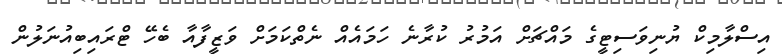
އިސްލާމިކް ޔުނިވަސިޓީގެ މައްޗަށް އަމުރު ކުރާނެ ހަމައެއް ނެތްކަމަށް ވަޒީފާއާ ބެހޭ ޓްރައިބިއުނަލުން